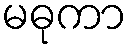
မဓုကာ